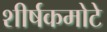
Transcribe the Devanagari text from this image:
शीर्षकमोटे